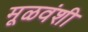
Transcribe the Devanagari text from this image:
मूळवंशी